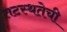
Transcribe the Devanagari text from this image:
तटस्थतेची